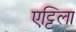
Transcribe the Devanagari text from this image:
एट्टिला